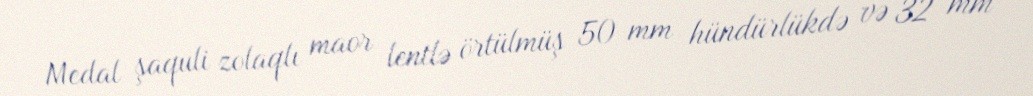
Medal şaquli zolaqlı maor lentlə örtülmüş 50 mm hündürlükdə və 32 mm